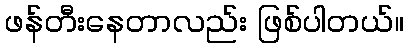
ဖန်တီးနေတာလည်း ဖြစ်ပါတယ်။